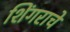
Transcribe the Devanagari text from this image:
शिंगराचे